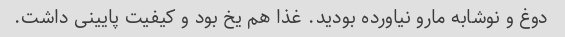
دوغ و نوشابه مارو نیاورده بودید. غذا هم یخ بود و کیفیت پایینی داشت.